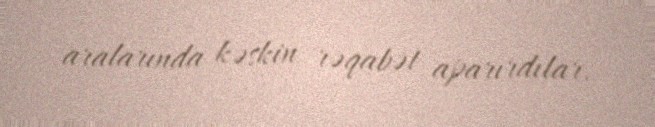
aralarında kəskin rəqabət aparırdılar.